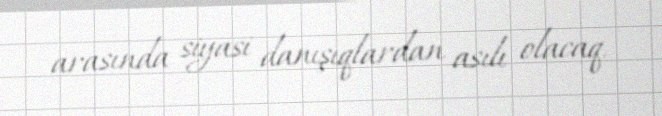
arasında siyasi danışıqlardan asılı olacaq.